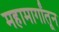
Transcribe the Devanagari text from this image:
महामार्गांतून